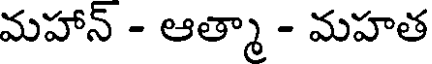
మహాన్ - ఆత్మా - మహత